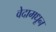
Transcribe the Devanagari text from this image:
वेदामधून